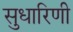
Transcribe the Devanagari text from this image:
सुधारिणी